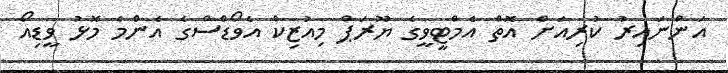
އަންނައިރު ކުރިއަށް އޮތް އެމްޓީވީގެ ޔޫރަޕް މިއުޒިކް އެވޯޑްސްގެ އެންމެ މޮޅު ވީޑިއޯ